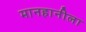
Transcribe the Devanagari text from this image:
मानहानीला